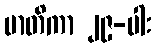
မာတိကာ ၂၉-ပါး